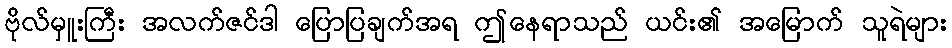
ဗိုလ်မှူးကြီး အလက်ဇင်ဒါ ပြောပြချက်အရ ဤနေရာသည် ယင်း၏ အမြောက် သူရဲများ